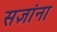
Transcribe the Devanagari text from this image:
सज्ञांना